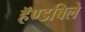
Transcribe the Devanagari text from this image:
हॅण्डबिले